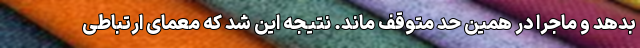
بدهد و ماجرا در همین حد متوقف ماند. نتیجه این شد که معمای ارتباطی